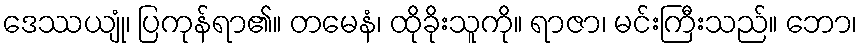
ဒေဿယျုံ၊ ပြကုန်ရာ၏။ တမေနံ၊ ထိုခိုးသူကို။ ရာဇာ၊ မင်းကြီးသည်။ ဘော၊